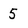
Character: 5